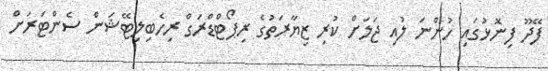
ފޭދޫ ފިނޮޅުގައި ހުންނަ ލުއި ޖަލަށް ކުރި ޒިޔާރަތުގެ ރިޕޯޓްޑްރަގް ރިހެބިލިޓޭޝަން ސެންޓަރަށް